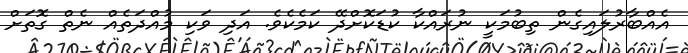
އެއްބާރުލައިގެން ތިބުމަކީ ނުރައްކާ ކުޑަކޮށްދޭ ކަމެކެވެ. އަދި ވަކި މުއްދަތެއް ނެތް ގޮތަށް